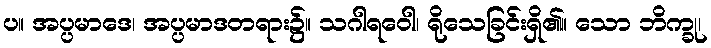
ပ။ အပ္ပမာဒေ၊ အပ္ပမာဒတရား၌။ သဂါရဝေါ၊ ရိုသေခြင်းရှိ၏။ သော ဘိက္ခု၊